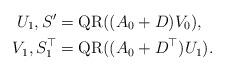
LaTeX: \begin{align*} U_1, S' &= \mathrm{QR}( (A_0+ D) V_0),\\V_1, S^{\top}_1 &= \mathrm{QR}( (A_0+ D^{\top}) U_1).\\\end{align*}